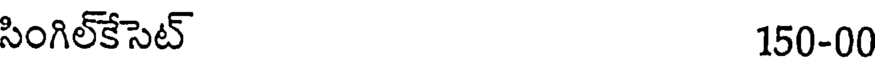
సింగిల్కేసెట్ 150-00